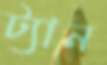
ট্যান